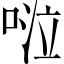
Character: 𠴹